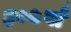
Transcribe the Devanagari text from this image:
३०७वाँ